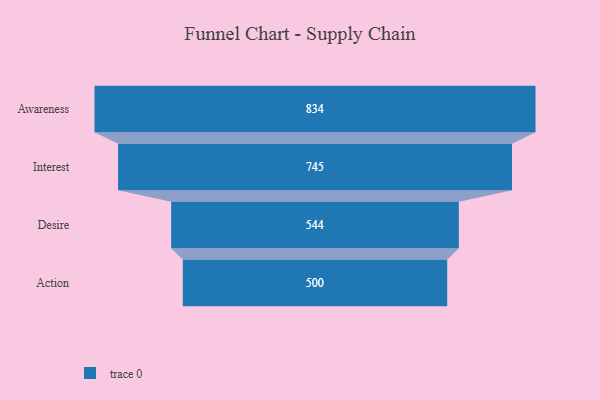
{"axis": {"x": "Stage", "y": "Value"}, "legend": [""], "data": [{"x": "Awareness", "y": 834.0, "type": ""}, {"x": "Interest", "y": 745.0, "type": ""}, {"x": "Desire", "y": 544.0, "type": ""}, {"x": "Action", "y": 500, "type": ""}]}